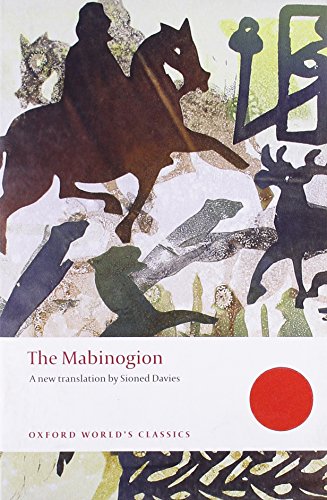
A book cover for The Mabinogion (Oxford World's Classics); Literature & Fiction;